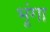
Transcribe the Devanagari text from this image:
भूंगा